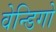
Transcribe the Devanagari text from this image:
वेन्डिगो